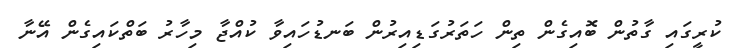
ކުރީގައި ގާތުން ބޮއިގެން ތިން ހަތަރުގަޑިއިރުން ބަނޑުހައިވާ ކުއްޖާ މިހާރު ބަތްކައިގެން އޭނާ